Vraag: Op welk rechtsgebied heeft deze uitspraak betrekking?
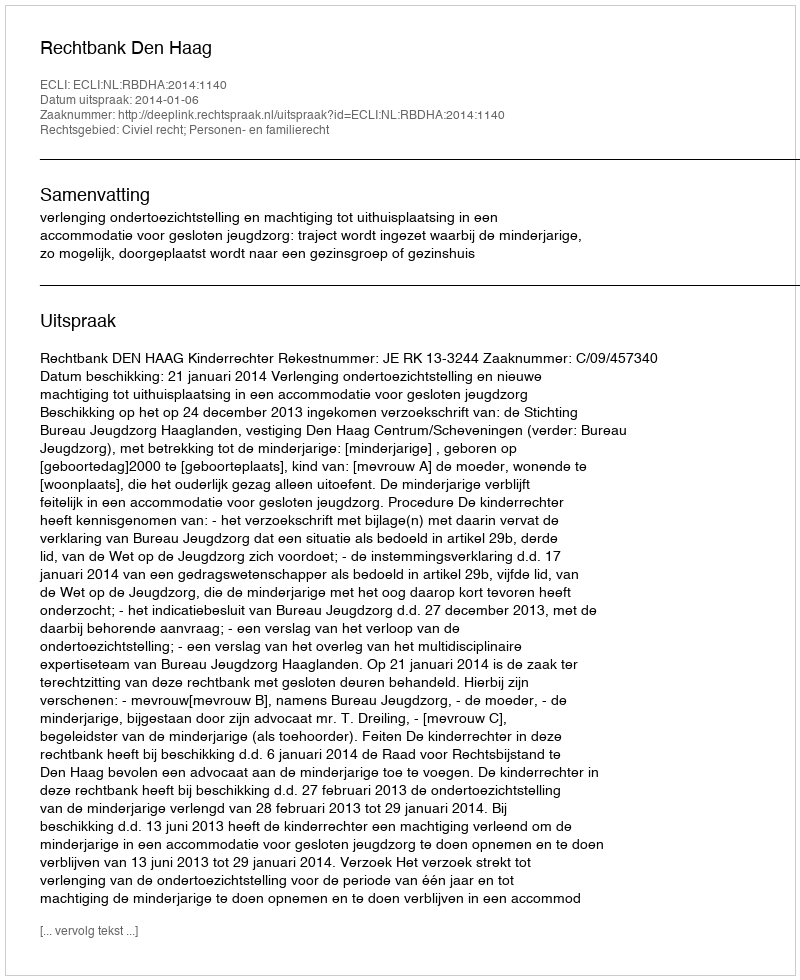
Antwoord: Civiel recht; Personen- en familierecht